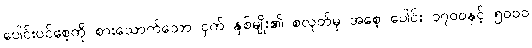
ပေါင်းပင်စေ့ကို စားသောက်သော ငှက် နှစ်မျိုး၏ စလုတ်မှ အစေ့ ပေါင်း ၁၇၀၀နှင့် ၅၀၀၀